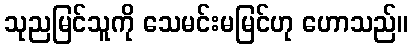
သုညမြင်သူကို သေမင်းမမြင်ဟု ဟောသည်။